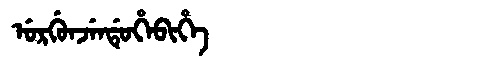
Manchu: ᡠᡵᡤᡠᠨᠵᡝᠨᡩᡠᡥᡝᠪᡳᡥᡝ
Romanization: URGUNJENDUHEBIHE